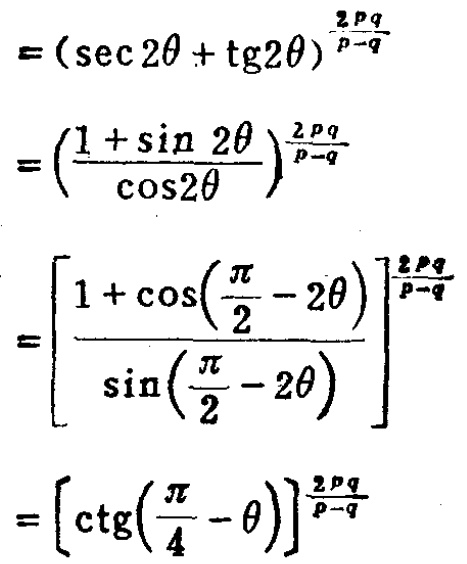
\[
\begin{align*}
&=(\sec 2\theta+\tg 2\theta)^{\frac{2pq}{p - q}}\\
&=\left(\frac{1+\sin 2\theta}{\cos 2\theta}\right)^{\frac{2pq}{p - q}}\\
&=\left[\frac{1+\cos\left(\frac{\pi}{2}-2\theta\right)}{\sin\left(\frac{\pi}{2}-2\theta\right)}\right]^{\frac{2pq}{p - q}}\\
&=\left[\ctg\left(\frac{\pi}{4}-\theta\right)\right]^{\frac{2pq}{p - q}}
\end{align*}
\]